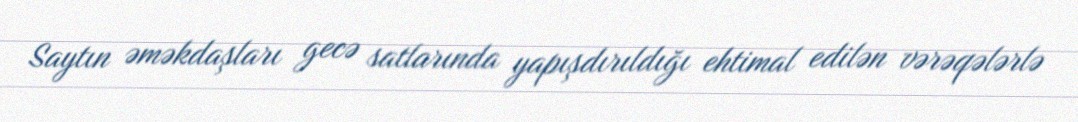
Saytın əməkdaşları gecə satlarında yapışdırıldığı ehtimal edilən vərəqələrlə